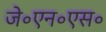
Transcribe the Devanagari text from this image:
जे॰एन॰एस॰